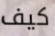
كيف